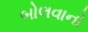
બોલવાનો